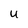
Character: u